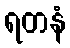
ရတနံ